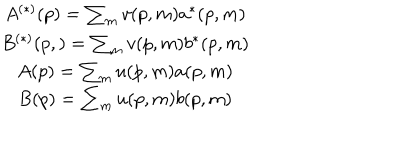
\begin{array} { c } { { A ^ { \left( * \right) } ( p ) = \sum _ { m } v ( p , m ) a ^ { * } ( p , m ) } } \\ { { B ^ { \left( * \right) } ( p , ) = \sum _ { m } v ( p , m ) b ^ { * } ( p , m ) } } \\ { { A ( p ) = \sum _ { m } u ( p , m ) a ( p , m ) } } \\ { { B ( p ) = \sum _ { m } u ( p , m ) b ( p , m ) } } \\ \end{array}